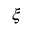
\xi